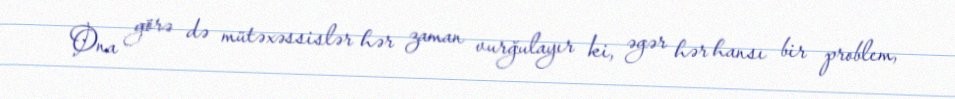
Ona görə də mütəxəssislər hər zaman vurğulayır ki, əgər hər hansı bir problem,